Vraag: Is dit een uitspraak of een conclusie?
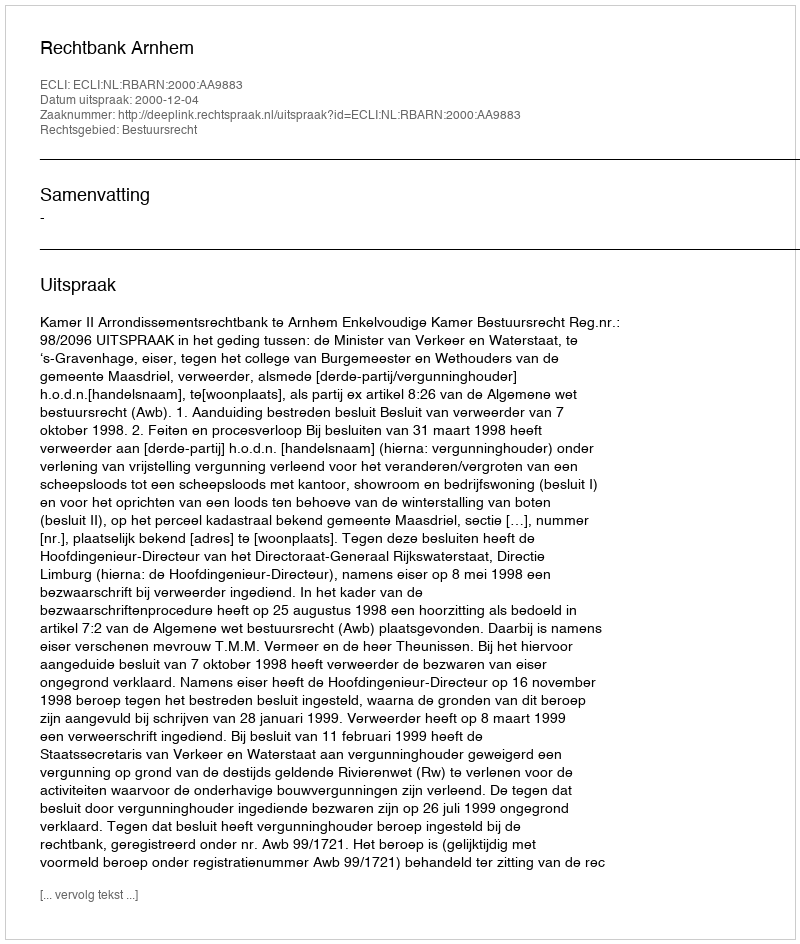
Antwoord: Uitspraak